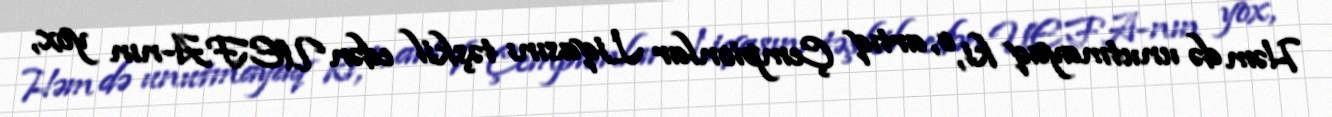
Həm də unutmayaq ki, o, artıq Çempionlar Liqasını təşkil edən UEFA-nın yox,